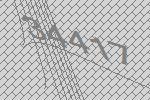
34417